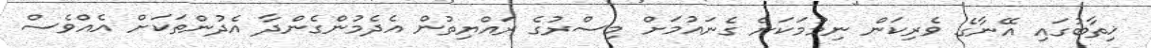
ޚިތާބުގައި އޭނާގެ ވެރިކަން ނިމުމަކަށް ގެނައުމަށް މިސްރުގެ ރައްޔިތުން އެދެމުންގެންދާ އެދުންތަކަށް އެއްވެސް